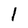
Character: I